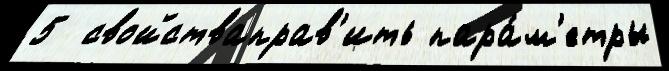
5  свойстваправ'ить пара́м'етры